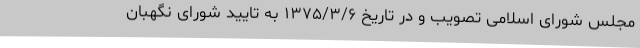
مجلس شورای اسلامی تصویب و در تاریخ ۱۳۷۵/۳/۶ به تایید شورای نگهبان